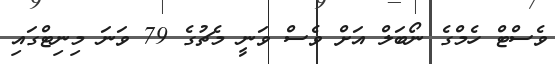
ވެސްޓް ހެމްގެ ނޯބަލް އަށް ވެސް ވަނީ މެޗުގެ 79 ވަނަ މިނިޓްގައި